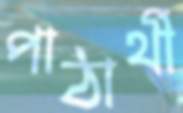
পাঠার্থী